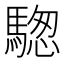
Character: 騘